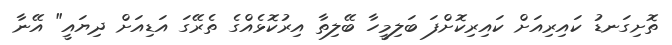
ތޮށިގަނޑު ކައިރިއަށް ކައިރިކޮށްފަ ބަލިމީހާ ބޭލިތާ އިރުކޮޅެއްގެ ތެރޭގަ އަޑިއަށް ދިޔައީ" އޭނާ